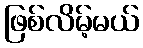
ဖြစ်လိမ့်မယ်